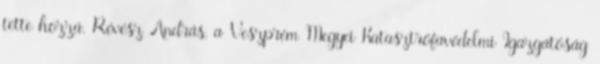
tette hozzá. Révész András, a Veszprém Megyei Katasztrófavédelmi Igazgatóság